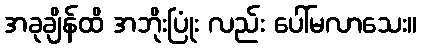
အခုချိန်ထိ အဘိုးပြုံး လည်း ပေါ်မလာသေး။